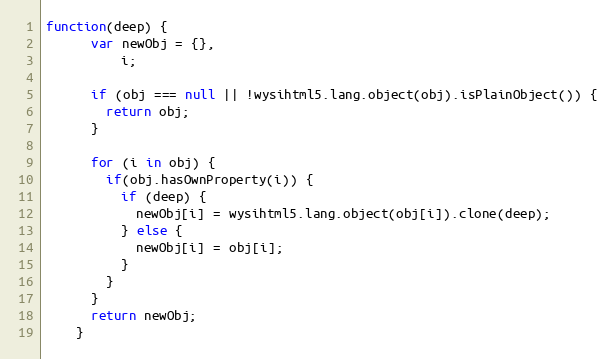
Language: JavaScript
function(deep) {
      var newObj = {},
          i;

      if (obj === null || !wysihtml5.lang.object(obj).isPlainObject()) {
        return obj;
      }

      for (i in obj) {
        if(obj.hasOwnProperty(i)) {
          if (deep) {
            newObj[i] = wysihtml5.lang.object(obj[i]).clone(deep);
          } else {
            newObj[i] = obj[i];
          }
        }
      }
      return newObj;
    }